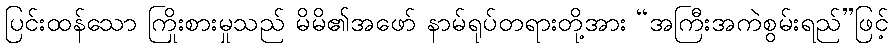
ပြင်းထန်သော ကြိုးစားမှုသည် မိမိ၏အဖော် နာမ်ရုပ်တရားတို့အား “အကြီးအကဲစွမ်းရည်”ဖြင့်